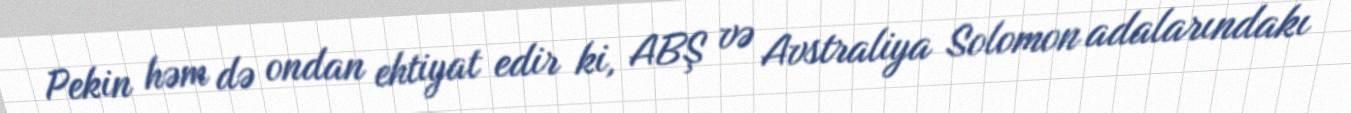
Pekin həm də ondan ehtiyat edir ki, ABŞ və Avstraliya Solomon adalarındakı